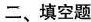
二、填空题